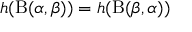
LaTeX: h ( \mathrm { B } ( \alpha , \beta ) ) = h ( \mathrm { B } ( \beta , \alpha ) )